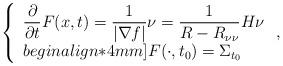
LaTeX: \begin{align*}\left\{\begin{array}{l}\displaystyle\frac{\partial}{\partial t}F(x,t)=\frac{1}{|\nabla f|}\nu=\frac{1}{R-R_{\nu\nu}}H\nu \\begin{align*}4mm]F(\cdot,t_0)=\Sigma_{t_0}\end{array}\right., \end{align*}